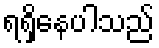
ရရှိနေပါသည်